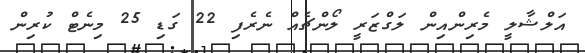
އަލްޝާލީ މެރިންއިން ލަގްޒަރީ ލޯންޗެއް ނެރެފި 22 ގަޑި 25 މިނެޓް ކުރިން